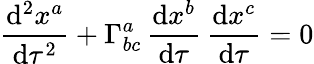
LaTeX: {\frac{\mathrm{d}^{2}x^{a}}{\mathrm{d}\tau^{2}}}+\Gamma_{bc}^{a}\, {\frac{\mathrm{d}x^{b}}{\mathrm{d}\tau}}\, {\frac{\mathrm{d}x^{c}}{\mathrm{d}\tau}}=0